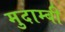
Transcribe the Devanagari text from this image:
मुदाम्बी